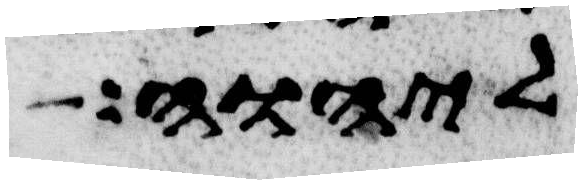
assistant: ליהוה